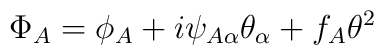
\Phi_A = \phi_A + i \psi_{A \alpha} \theta_\alpha + f_A \theta^2